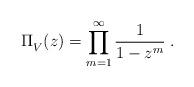
LaTeX: \begin{align*}\Pi_{V}^{}(z) = \prod_{m=1}^{\infty} \frac{1}{1-z^m} \; .\end{align*}